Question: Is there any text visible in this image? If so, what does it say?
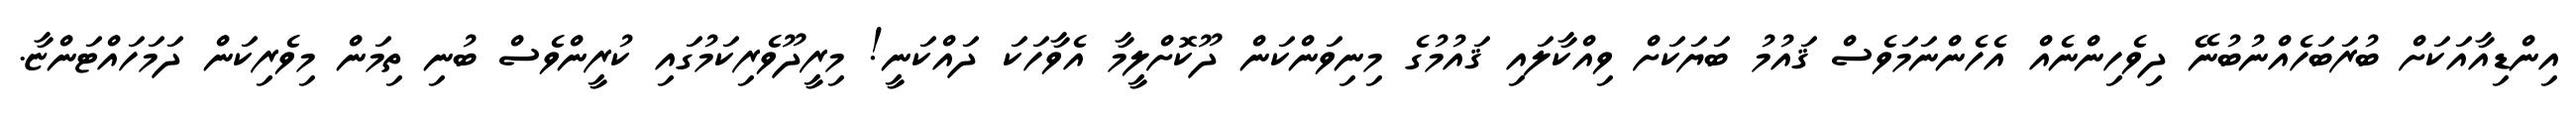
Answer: އިންޑިއާއަކަށް ބުރަބަހެއްނުބުނޭ ދިވެހިންނެއް އެހެންނަމަވެސް ޤައުމު ބަޔަކަށް ވިއްކާލައި ޤައުމުގެ މިނިވަންކަން ދޫކޮށްލީމާ އެވާހަކަ ދައްކަނީ! މިރީދޫވެރިކަމުގައި ކުރީންވެސް ބުނި ތިމަން މިވެރިކަން ދަމަހައްޓަންޏާ.